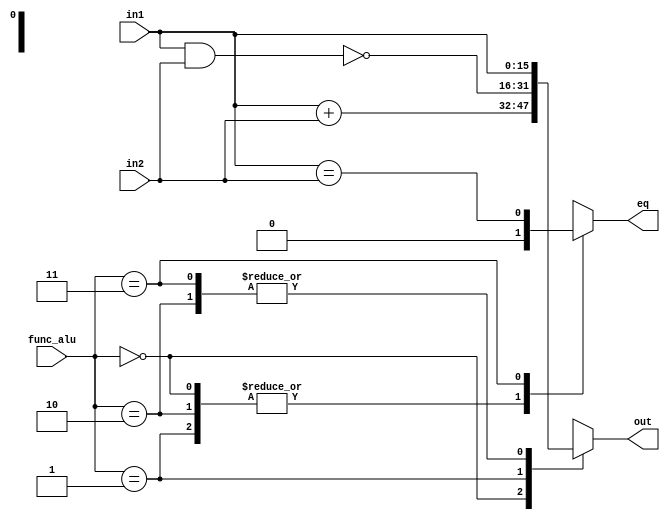
module alu(
    input wire [1:0] func_alu,
    input wire [15:0] in1,
    input wire [15:0] in2,
    output wire [15:0] out,
    output wire eq
);

wire [15:0] added;
wire [15:0] nanded;
reg [15:0] _out;
reg _eq;

always @(*) begin
    case(func_alu)
        2'b00: begin
                _out = added;
                _eq = 1'b0;
            end
        2'b01: begin
                _out = nanded;
                _eq = 1'b0;
            end
        2'b10: begin
                _out = in1;
                _eq = 1'b0;
            end
        2'b11: begin
                _out = in1;
                _eq = (in1 == in2);
            end
    endcase
end

assign added = in1 + in2;
assign nanded = ~(in1 & in2);
assign out = _out;
assign eq = _eq;

endmodule